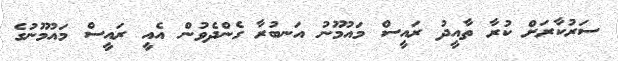
ސަރުކާރަށް ކުރާ ތާއީދު ރައީސް މައުމޫނު އަނބުރާ ގެންދެވުން އެއީ ރައީސް މައުމޫނުގެ